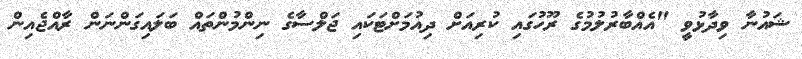
ޝައުނާ ވިދާޅުވީ "އެއްބާރުލުމުގެ ރޫހުގައި ކުރިއަށް ދިއުމަށްޓަކައި ޖަލްސާގެ ނިންމުންތައް ބަލައިގަންނަން ރާއްޖެއިން